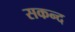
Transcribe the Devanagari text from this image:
सकन्द